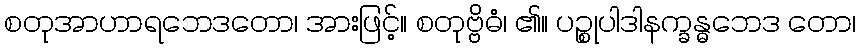
စတုအာဟာရဘေဒတော၊ အားဖြင့်။ စတုဗ္ဗိဓံ၊ ၏။ ပဉ္စုပါဒါနက္ခန္ဓဘေဒ တော၊